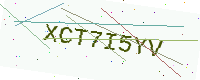
Text: XCT7I5YV